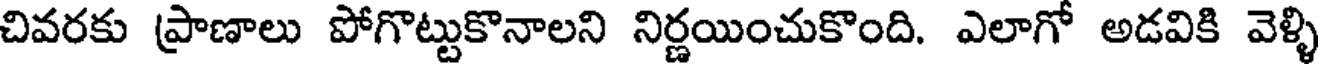
చివరకు ప్రాణాలు పోగొట్టుకొనాలని నిర్ణయించుకొంది. ఎలాగో అడవికి వెళ్ళి